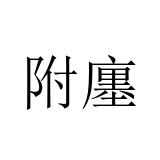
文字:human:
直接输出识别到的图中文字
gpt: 附廛